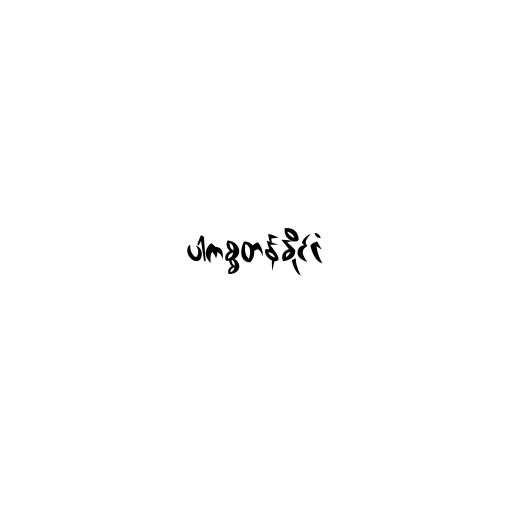
ပါကစ္စတန်နိုင်ငံ